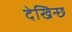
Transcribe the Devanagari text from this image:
देखिन्छ